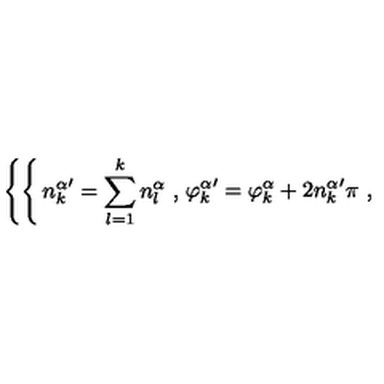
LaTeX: \left\{ \begin{cases} { \displaystyle { n _ { k } ^ { \alpha } } ^ { \prime } = \sum _ { l = 1 } ^ { k } n _ { l } ^ { \alpha } \ , } \\ { \displaystyle { \varphi _ { k } ^ { \alpha } } ^ { \prime } = \varphi _ { k } ^ { \alpha } + 2 { n _ { k } ^ { \alpha } } ^ { \prime } \pi \ , } \\ \end{cases} \right.